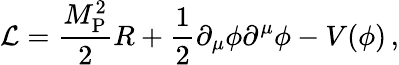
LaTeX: {\cal\mathcal{L}}=\frac{{M_{\mathrm{{P}}}^{2}}}{{2}}R+\frac{{1}}{{2}}\partial_{\mu}\phi\partial^{\mu}\phi-V(\phi)\, ,